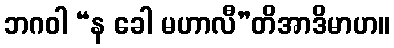
ဘဂဝါ “န ခေါ မဟာလီ”တိအာဒိမာဟ။